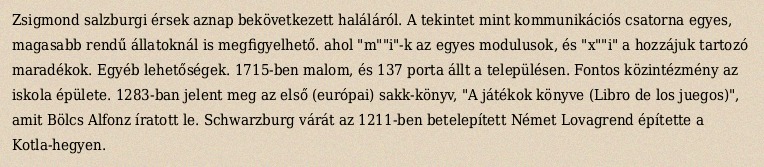
Zsigmond salzburgi érsek aznap bekövetkezett haláláról. A tekintet mint kommunikációs csatorna egyes, magasabb rendű állatoknál is megfigyelhető. ahol "m""i"-k az egyes modulusok, és "x""i" a hozzájuk tartozó maradékok. Egyéb lehetőségek. 1715-ben malom, és 137 porta állt a településen. Fontos közintézmény az iskola épülete. 1283-ban jelent meg az első (európai) sakk-könyv, "A játékok könyve (Libro de los juegos)", amit Bölcs Alfonz íratott le. Schwarzburg várát az 1211-ben betelepített Német Lovagrend építette a Kotla-hegyen.